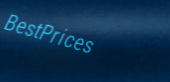
BestPrices